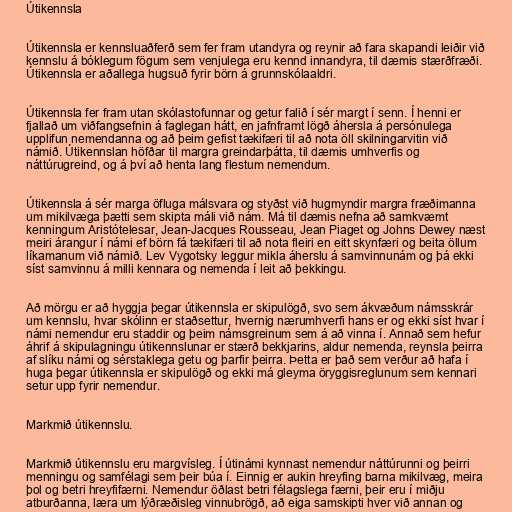
Útikennsla

Útikennsla er kennsluaðferð sem fer fram utandyra og reynir að fara skapandi leiðir við
kennslu á bóklegum fögum sem venjulega eru kennd innandyra, til dæmis stærðfræði.
Útikennsla er aðallega hugsuð fyrir börn á grunnskólaaldri.

Útikennsla fer fram utan skólastofunnar og getur falið í sér margt í senn. Í henni er
fjallað um viðfangsefnin á faglegan hátt, en jafnframt lögð áhersla á persónulega
upplifun nemendanna og að þeim gefist tækifæri til að nota öll skilningarvitin við
námið. Útikennslan höfðar til margra greindarþátta, til dæmis umhverfis og
náttúrugreind, og á því að henta lang flestum nemendum.

Útikennsla á sér marga öfluga málsvara og styðst við hugmyndir margra fræðimanna
um mikilvæga þætti sem skipta máli við nám. Má til dæmis nefna að samkvæmt
kenningum Aristótelesar, Jean-Jacques Rousseau, Jean Piaget og Johns Dewey næst
meiri árangur í námi ef börn fá tækifæri til að nota fleiri en eitt skynfæri og beita öllum
líkamanum við námið. Lev Vygotsky leggur mikla áherslu á samvinnunám og þá ekki
síst samvinnu á milli kennara og nemenda í leit að þekkingu.

Að mörgu er að hyggja þegar útikennsla er skipulögð, svo sem ákvæðum námsskrár
um kennslu, hvar skólinn er staðsettur, hvernig nærumhverfi hans er og ekki síst hvar í
námi nemendur eru staddir og þeim námsgreinum sem á að vinna í. Annað sem hefur
áhrif á skipulagningu útikennslunar er stærð bekkjarins, aldur nemenda, reynsla þeirra
af slíku námi og sérstaklega getu og þarfir þeirra. Þetta er það sem verður að hafa í
huga þegar útikennsla er skipulögð og ekki má gleyma öryggisreglunum sem kennari
setur upp fyrir nemendur.

Markmið útikennslu.

Markmið útikennslu eru margvísleg. Í útinámi kynnast nemendur náttúrunni og þeirri
menningu og samfélagi sem þeir búa í. Einnig er aukin hreyfing barna mikilvæg, meira
þol og betri hreyfifærni. Nemendur öðlast betri félagslega færni, þeir eru í miðju
atburðanna, læra um lýðræðisleg vinnubrögð, að eiga samskipti hver við annan og